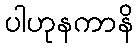
ပါဟုနကာနိ